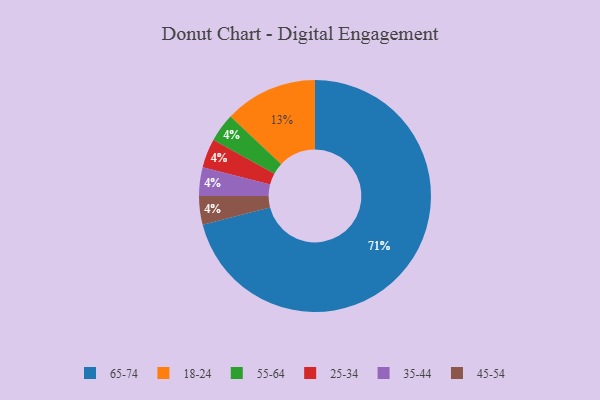
{"axis": {"x": "Category", "y": "Percentage"}, "legend": ["18-24", "25-34", "35-44", "45-54", "55-64", "65-74"], "data": [{"x": "65-74", "y": 71, "type": "65-74"}, {"x": "18-24", "y": 13, "type": "18-24"}, {"x": "55-64", "y": 4, "type": "55-64"}, {"x": "25-34", "y": 4, "type": "25-34"}, {"x": "35-44", "y": 4, "type": "35-44"}, {"x": "45-54", "y": 4, "type": "45-54"}]}